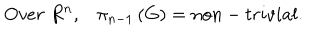
O v e r \; R ^ { n } , \pi _ { n - 1 } \left( G \right) = n o n - t r i v i a l .